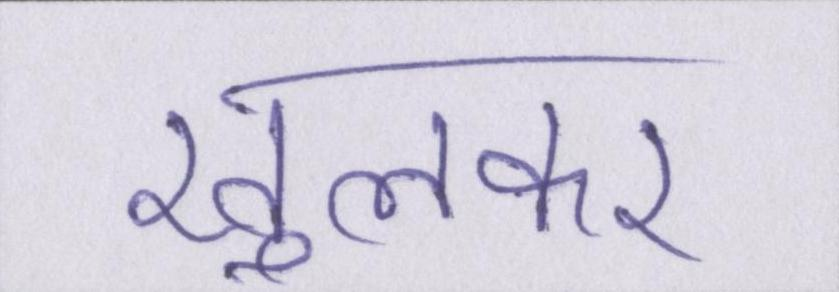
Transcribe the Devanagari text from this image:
खुलकर